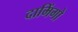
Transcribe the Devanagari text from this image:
दामिंगो